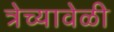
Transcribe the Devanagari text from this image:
त्रेच्यावेळी